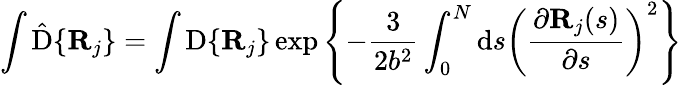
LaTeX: \int\hat{\mathrm{D}}\{ \mathbf{R}_{j}\} =\int\mathrm{D}\{ \mathbf{R}_{j}\} \exp\left\{ -\frac{3}{2b^{2}}\int_{0}^{N}\mathrm{d}s\left(\frac{\partial\mathbf{R}_{j}(s)}{\partial s}\right)^{2}\right\}